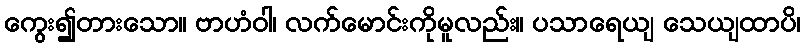
ကွေး၍တားသော။ ဗာဟံဝါ၊ လက်မောင်းကိုမူလည်း။ ပသာရေယျ သေယျထာပိ၊